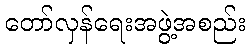
တော်လှန်ရေးအဖွဲ့အစည်း